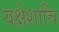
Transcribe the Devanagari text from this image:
यक्षेशाचि